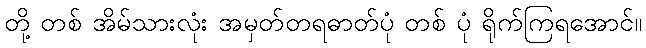
တို့ တစ် အိမ်သားလုံး အမှတ်တရဓာတ်ပုံ တစ် ပုံ ရိုက်ကြရအောင်။